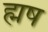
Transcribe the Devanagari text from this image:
ह्मष